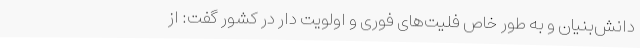
دانش‌بنیان و به طور خاص فلیت‌های فوری و اولویت دار در کشور گفت: از